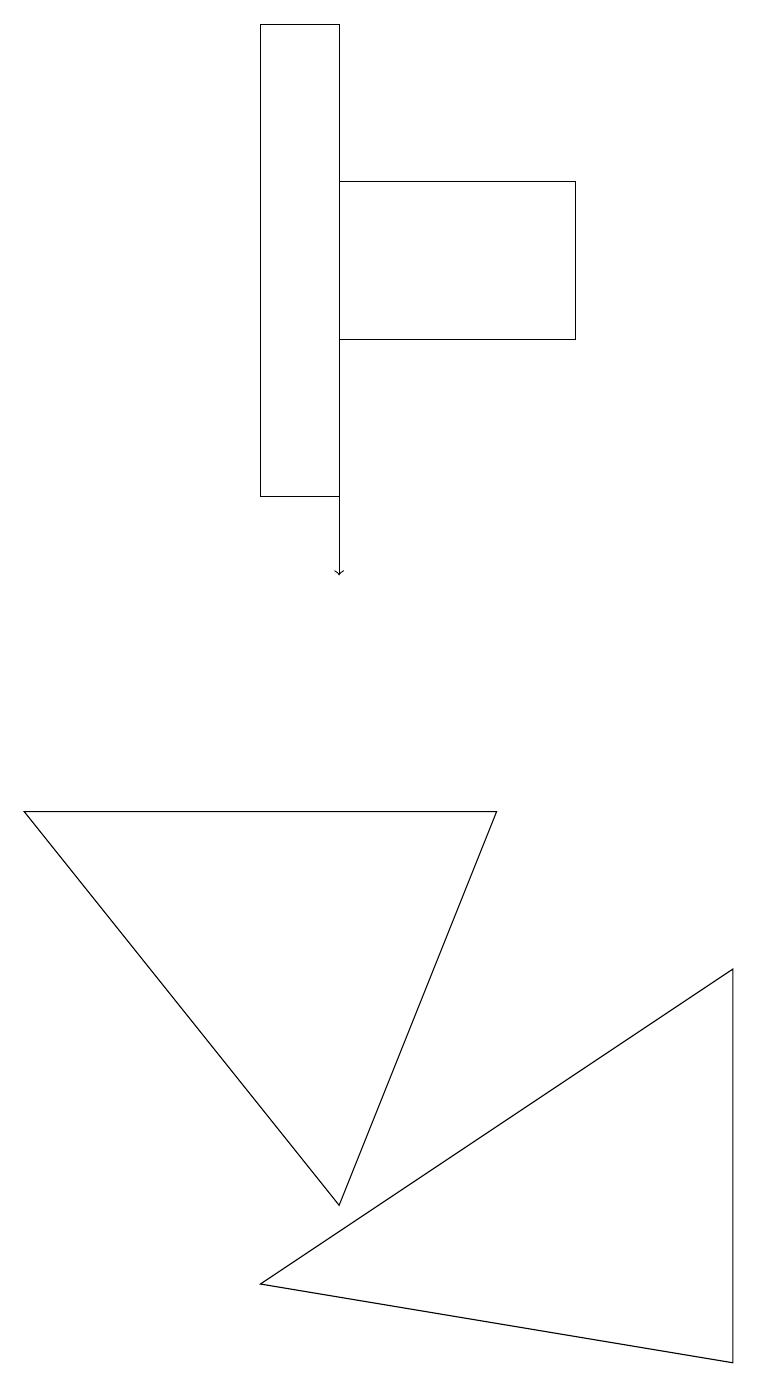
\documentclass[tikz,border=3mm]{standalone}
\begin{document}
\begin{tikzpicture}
\draw (4,17) rectangle (7,15);
\draw (3,3) -- (9,2) -- (9,7) -- cycle;
\draw (3,13) rectangle (4,19);
\draw (6,9) -- (4,4) -- (0,9) -- cycle;
\draw[->] (4,17) -- (4,12);
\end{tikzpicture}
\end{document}